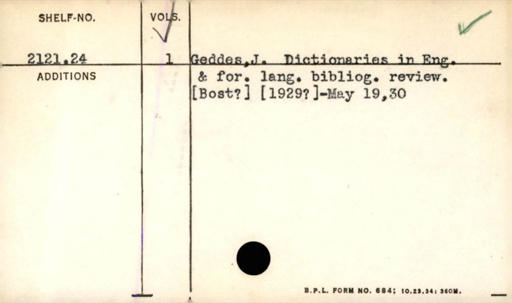
Label: content